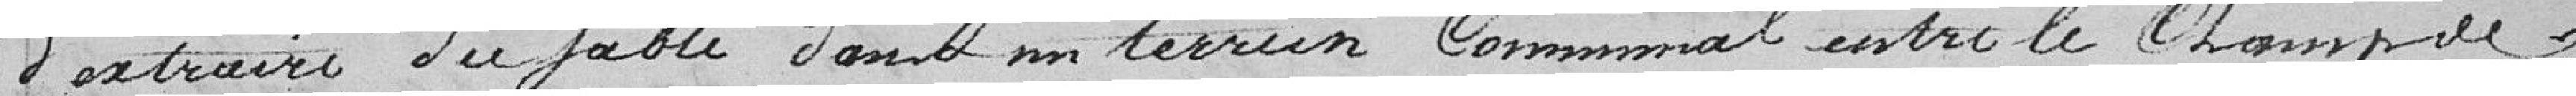
d'extraire du sable dans son terrain communal entre le Champ de